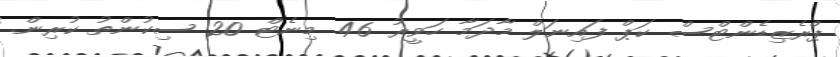
ޕްރެޒިޑެންޓްސް ކަޕް ފައިނަލް މާދަމާ ހަވީރު 46 މިނެޓް 20 ސިކުންތު ކުރިން.